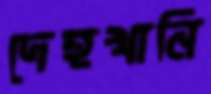
দেহখানি